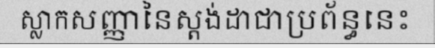
ស្លាកសញ្ញានៃស្តង់ដាជាប្រព័ន្ធនេះ